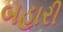
બહારી